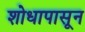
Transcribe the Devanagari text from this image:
शोधापासून